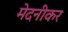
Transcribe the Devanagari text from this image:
मेदनीकर